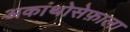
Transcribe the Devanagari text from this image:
अकांथोसेफ़ाला